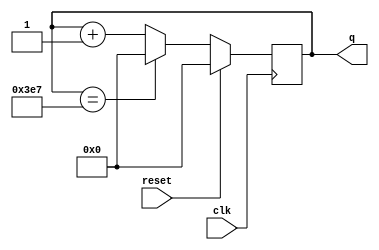
module top_module (
    input clk,
    input reset,
    output [9:0] q);

    always @(posedge clk) begin
        if(reset)
            q <= 10'b0;
        else
            if(q==10'd999)
                q <= 10'b0;
        	else
                q <= q + 1'b1;
    end
endmodule